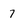
Character: 7